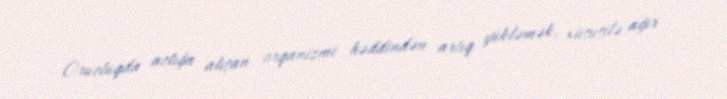
Orucluqda aclığa alışan orqanizmi həddindən artıq yükləmək, xüsusilə ağır